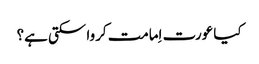
کیا عورت اِمامت کروا سکتی ہے؟